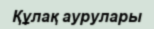
Құлақ аурулары